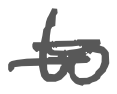
Text: to
Cross-out: mix
Writing tool: digital_gray